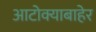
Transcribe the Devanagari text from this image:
आटोक्याबाहेर